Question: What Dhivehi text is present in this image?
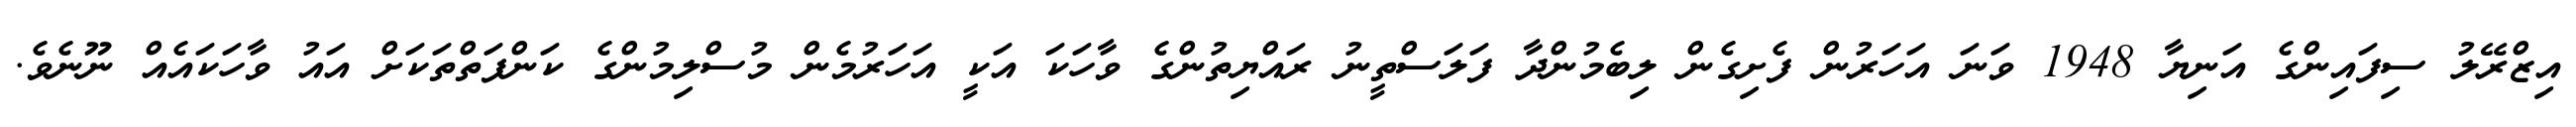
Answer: އިޒްރޭލު ސިފައިންގެ އަނިޔާ 1948 ވަނަ އަހަރުން ފެށިގެން ލިބެމުންދާ ފަލަސްތީނު ރައްޔިތުންގެ ވާހަކަ އަކީ އަހަރުމެން މުސްލިމުންގެ ކަންފަތްތަކަށް އައު ވާހަކައެއް ނޫނެވެ.